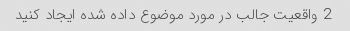
2 واقعیت جالب در مورد موضوع داده شده ایجاد کنید